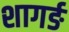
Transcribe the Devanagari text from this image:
शागर्ङ